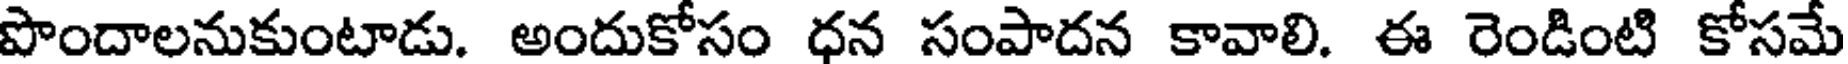
పొందాలనుకుంటాడు. అందుకోసం ధన సంపాదన కావాలి. ఈ రెండింటి కోసమే